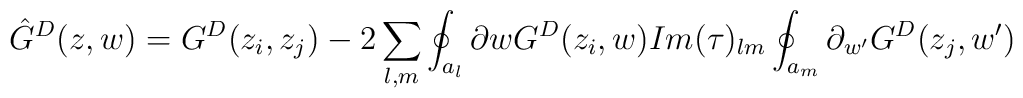
\hat{G}^D(z,    w) =G^D(z_i,    z_j)-2\sum_{l,    m}\oint_{a_l}\partial{w}G^D(z_i,w)Im(\tau)_{lm}\oint_{a_m}\partial_{w^{\prime}}G^D(z_j,    w^{\prime})